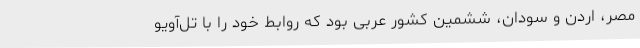
مصر، اردن و سودان، ششمین کشور عربی بود که روابط خود را با تل‌آویو